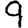
Digit: 9